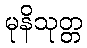
မုနိသုတ္တ